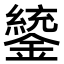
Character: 𨭑